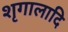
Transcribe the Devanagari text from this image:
शृगालादि